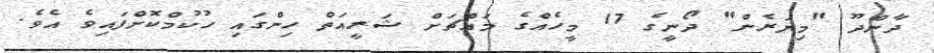
ދާންދޫ "މިޔަރެން" ދޯނީގެ 17 މީހެއްގެ މައްޗަށް ޝަރީއަތް ހިންގައި ހުކުމްކޮށްފައިވެ އެވެ.